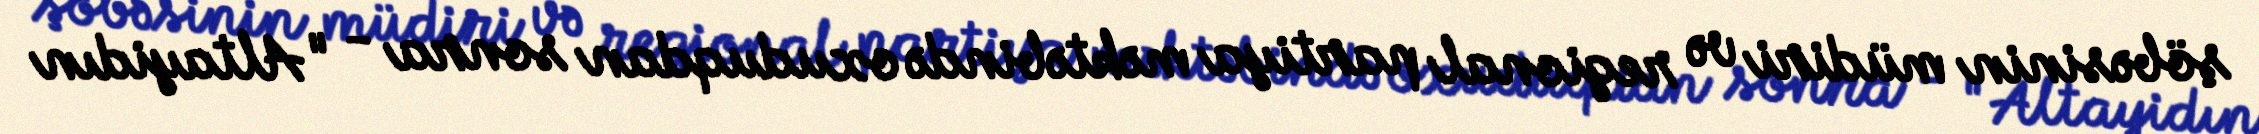
şöbəsinin müdiri və regional partiya məktəbində oxuduqdan sonra - "Altayidın